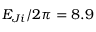
E _ { J i } / 2 \pi = 8 . 9